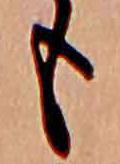
も